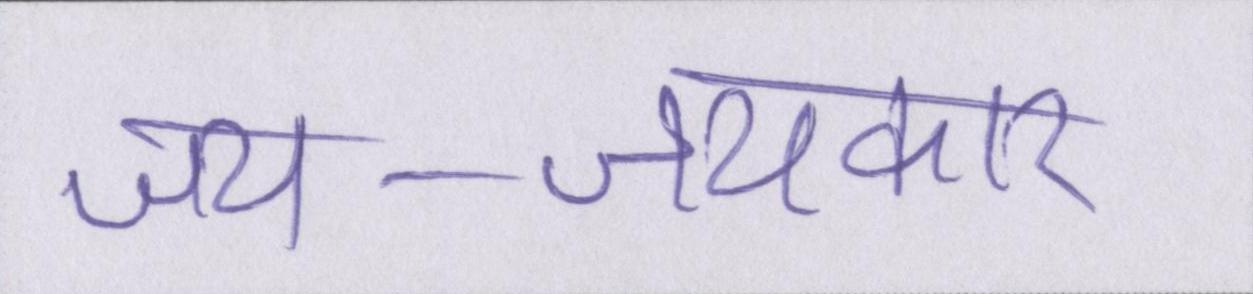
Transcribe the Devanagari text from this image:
जय-जयकार